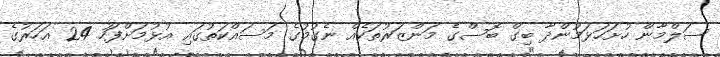
ސަލްމާން ހުށަހަޅަމުންދާ ބިގް ބޮސްގެ މަންޒަރުތަކެއް ނެގުމުގެ މަސައްކަތުގައި އުޅުމަށްފަހު 24 އަހަރުގެ